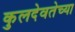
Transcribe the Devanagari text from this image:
कुलदेवतेच्या